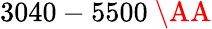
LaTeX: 3040-5500~\AA